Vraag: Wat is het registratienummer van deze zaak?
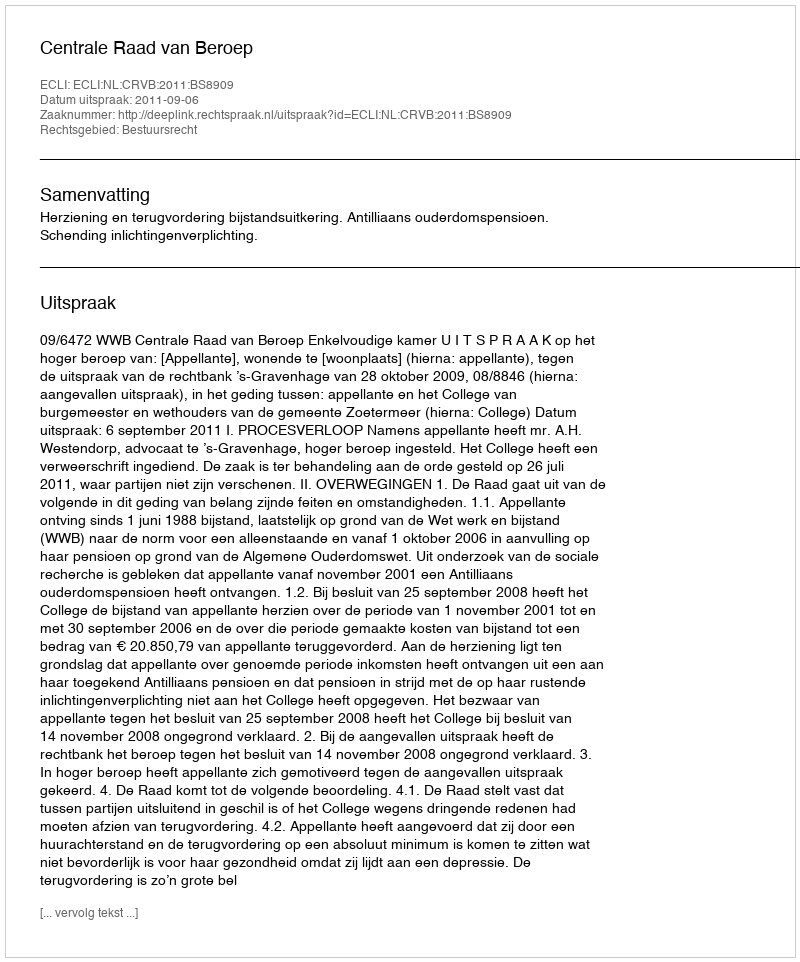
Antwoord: http://deeplink.rechtspraak.nl/uitspraak?id=ECLI:NL:CRVB:2011:BS8909